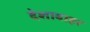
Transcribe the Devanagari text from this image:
देशाबाहर